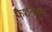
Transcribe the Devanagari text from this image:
फैशनेबुल